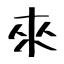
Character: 來